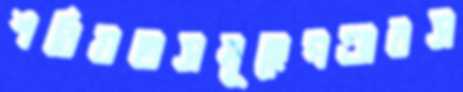
শরিয়তসমূহেগণ্ডারস